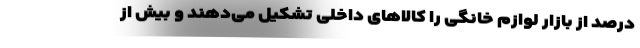
درصد از بازار لوازم خانگی را کالاهای داخلی تشکیل می‌دهند و بیش از